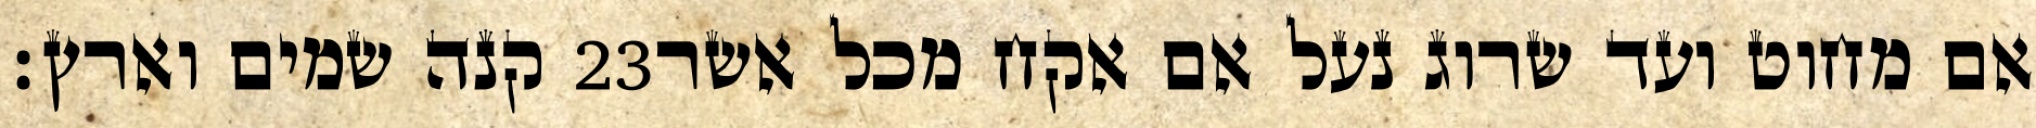
קנה שמים וארץ׃ ‎23‏ אם מחוט ועד שרוג נעל אם אקח מכל אשר